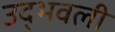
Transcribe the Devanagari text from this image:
उद्‍भवली